Lunatic asylums in Bengal annual reports 1899-1911 - 1899-1911
Year: 1899
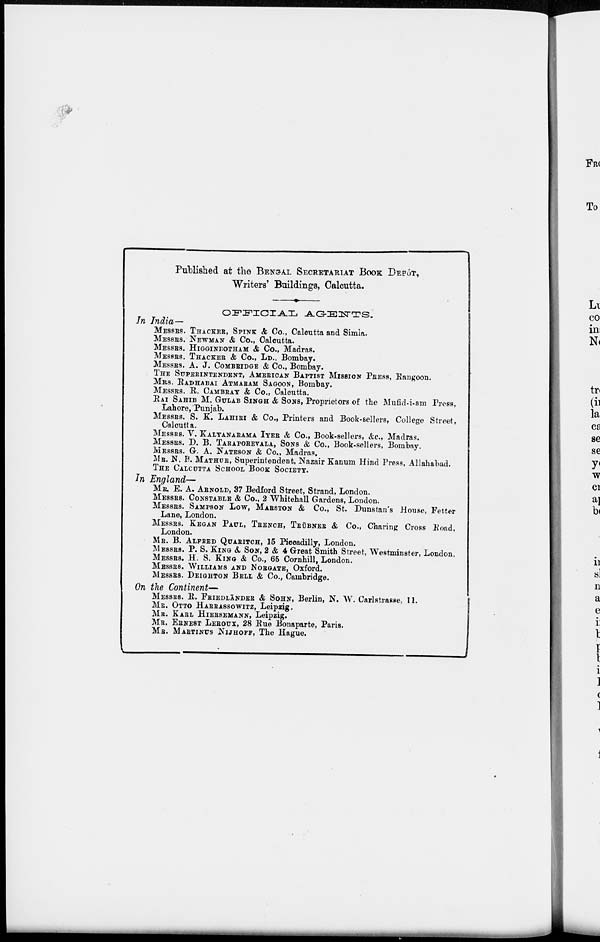
Published at the BENGAL SECRETARIAT BOOK DEPÔT,
Writers' Buildings, Calcutta.
OFFICIAL
AGENTS.
In India—
MESSRS. THACKER, SPINK & Co., Calcutta and Simla.
MESSRS. NEWMAN & Co., Calcutta.
MESSRS. HIGGINBOTHAM & Co., Madras.
MESSRS. THACKER & Co., LD., Bombay.
MESSRS. A. J. COMBRIDGE & Co., Bombay.
THE SUPERINTENDENT, AMERICAN BAPTIST MISSION PRESS, Rangoon.
MRS. RADHABAI ATMARAM SAGOON, Bombay.
MESSRS. R. CAMBRAY & Co., Calcutta.
RAI SAHIB M. GULAB SINGH & SONS, Proprietors of the Mufid-i-am Press,
Lahore, Punjab.
MESSRS. S. K. LAHIRI & Co., Printers and Book-sellers, College Street,
Calcutta.
MESSRS. V. KALYANARAMA IYER & Co., Book-sellers, &c., Madras.
MESSRS. D. B. TARAPOREVALA, SONS & Co., Book-sellers, Bombay.
MESSRS. G. A. NATESON & Co., Madras,
MR. N. B. MATHUR, Superintendent, Nazair Kanum Hind Press, Allahabad.
THE CALCUTTA SCHOOL BOOK SOCIETY.
In England—
MR. E. A. ARNOLD, 37 Bedford Street, Strand, London.
MESSRS. CONSTABLE & Co., 2 Whitehall Gardens, London.
MESSRS. SAMPSON LOW, MARSTON & Co., St. Dunstan's House, Fetter
Lane, London.
MESSRS. KEGAN PAUL, TRENCH, TRÜBNER & Co., Charing Cross Road,
London.
MR. B. ALFRED QUARITCH, 15 Piccadilly, London.
MESSRS. P. S. KING & SON, 2 & 4 Great Smith Street, Westminster, London.
MESSRS. H. S. KING & Co., 65 Cornhill, London.
MESSRS. WILLIAMS AND NORGATE, Oxford.
MESSRS. DEIGHTON BELL & Co., Cambridge.
On the Continent—
MESSRS. R. FRIEDLÄNDER & SOHN, Berlin, N. W. Carlstrasse, 11.
MR. OTTO HARRASSOWITZ, Leipzig.
MR. KARL HIERSEMANN, Leipzig.
MR. ERNEST LEROUX, 28 Rue Bonaparte, Paris.
MR. MARTINUS NIJHOFF, The Hague.